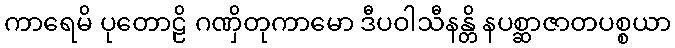
ကာရေမိ ပုတောဠိ ဂဏှိတုကာမော ဒီပဝါသီနန္တိ နပစ္ဆာဇာတပစ္စယာ